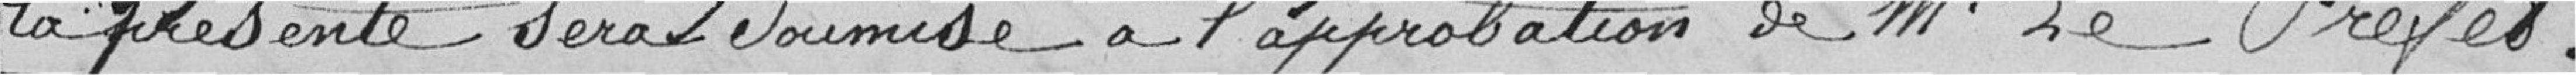
La présente sera soumise a l'approbation de Monsieur Le Préfet.